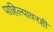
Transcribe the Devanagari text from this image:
पाहिल्यावरही